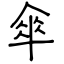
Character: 傘